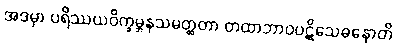
အဒမှာ ပရိဿယဝိက္ခမ္ဘနသမတ္ထတာ တထာဘာဝပဋိသေဓနောတိ